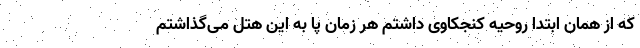
که از همان ابتدا روحیه کنجکاوی داشتم هر زمان پا به این هتل می‌گذاشتم